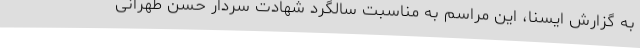
به گزارش ایسنا، این مراسم به مناسبت سالگرد شهادت سردار حسن طهرانی